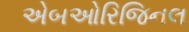
એબઓરિજિનલ